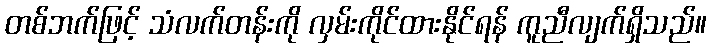
တစ်ဘက်ဖြင့် သံလက်တန်းကို လှမ်းကိုင်ထားနိုင်ရန် ကူညီလျက်ရှိသည်။